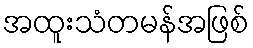
အထူးသံတမန်အဖြစ်